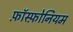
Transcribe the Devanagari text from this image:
फ़ॉस्फ़ोनियम